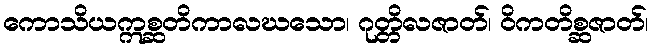
ကောသိယဣစ္ဆတိကာလဃသော၊ ဂုတ္တိလဇာတ်၊ ဝိကတိစ္ဆဇာတ်၊